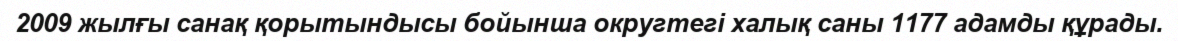
2009 жылғы санақ қорытындысы бойынша округтегі халық саны 1177 адамды құрады.